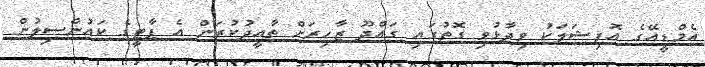
އެމްޑީއޭގެ އޮފިޝަލަކު ވިދާޅުވި ގޮތުގައި ގައްދޫ ޒާހިރަށް ތާއީދުކުރަން އެ ޕާޓީގެ ކައުންސިލުން